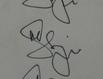
Signature authenticity: genuine